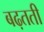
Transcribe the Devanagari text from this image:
बढ़तती